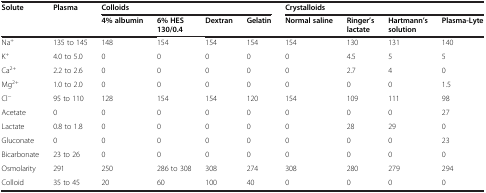
<table><thead><tr><td rowspan="2"><b>Solute</b></td><td rowspan="2"><b>Plasma</b></td><td colspan="4"><b>Colloids</b></td><td colspan="4"><b>Crystalloids</b></td></tr><tr><td><b>4% albumin</b></td><td><b>6% HES 130/0.4</b></td><td><b>Dextran</b></td><td><b>Gelatin</b></td><td><b>Normal saline</b></td><td><b>Ringer’s lactate</b></td><td><b>Hartmann’s solution</b></td><td><b>Plasma-Lyte</b></td></tr></thead><tbody><tr><td>Na<sup>+</sup></td><td>135 to 145</td><td>148</td><td>154</td><td>154</td><td>154</td><td>154</td><td>130</td><td>131</td><td>140</td></tr><tr><td>K<sup>+</sup></td><td>4.0 to 5.0</td><td>0</td><td>0</td><td>0</td><td>0</td><td>0</td><td>4.5</td><td>5</td><td>5</td></tr><tr><td>Ca<sup>2+</sup></td><td>2.2 to 2.6</td><td>0</td><td>0</td><td>0</td><td>0</td><td>0</td><td>2.7</td><td>4</td><td>0</td></tr><tr><td>Mg<sup>2+</sup></td><td>1.0 to 2.0</td><td>0</td><td>0</td><td>0</td><td>0</td><td>0</td><td>0</td><td>0</td><td>1.5</td></tr><tr><td>Cl<sup>−</sup></td><td>95 to 110</td><td>128</td><td>154</td><td>154</td><td>120</td><td>154</td><td>109</td><td>111</td><td>98</td></tr><tr><td>Acetate</td><td>0</td><td>0</td><td>0</td><td>0</td><td>0</td><td>0</td><td>0</td><td>0</td><td>27</td></tr><tr><td>Lactate</td><td>0.8 to 1.8</td><td>0</td><td>0</td><td>0</td><td>0</td><td>0</td><td>28</td><td>29</td><td>0</td></tr><tr><td>Gluconate</td><td>0</td><td>0</td><td>0</td><td>0</td><td>0</td><td>0</td><td>0</td><td>0</td><td>23</td></tr><tr><td>Bicarbonate</td><td>23 to 26</td><td>0</td><td>0</td><td>0</td><td>0</td><td>0</td><td>0</td><td>0</td><td>0</td></tr><tr><td>Osmolarity</td><td>291</td><td>250</td><td>286 to 308</td><td>308</td><td>274</td><td>308</td><td>280</td><td>279</td><td>294</td></tr><tr><td>Colloid</td><td>35 to 45</td><td>20</td><td>60</td><td>100</td><td>40</td><td>0</td><td>0</td><td>0</td><td>0</td></tr></tbody></table>